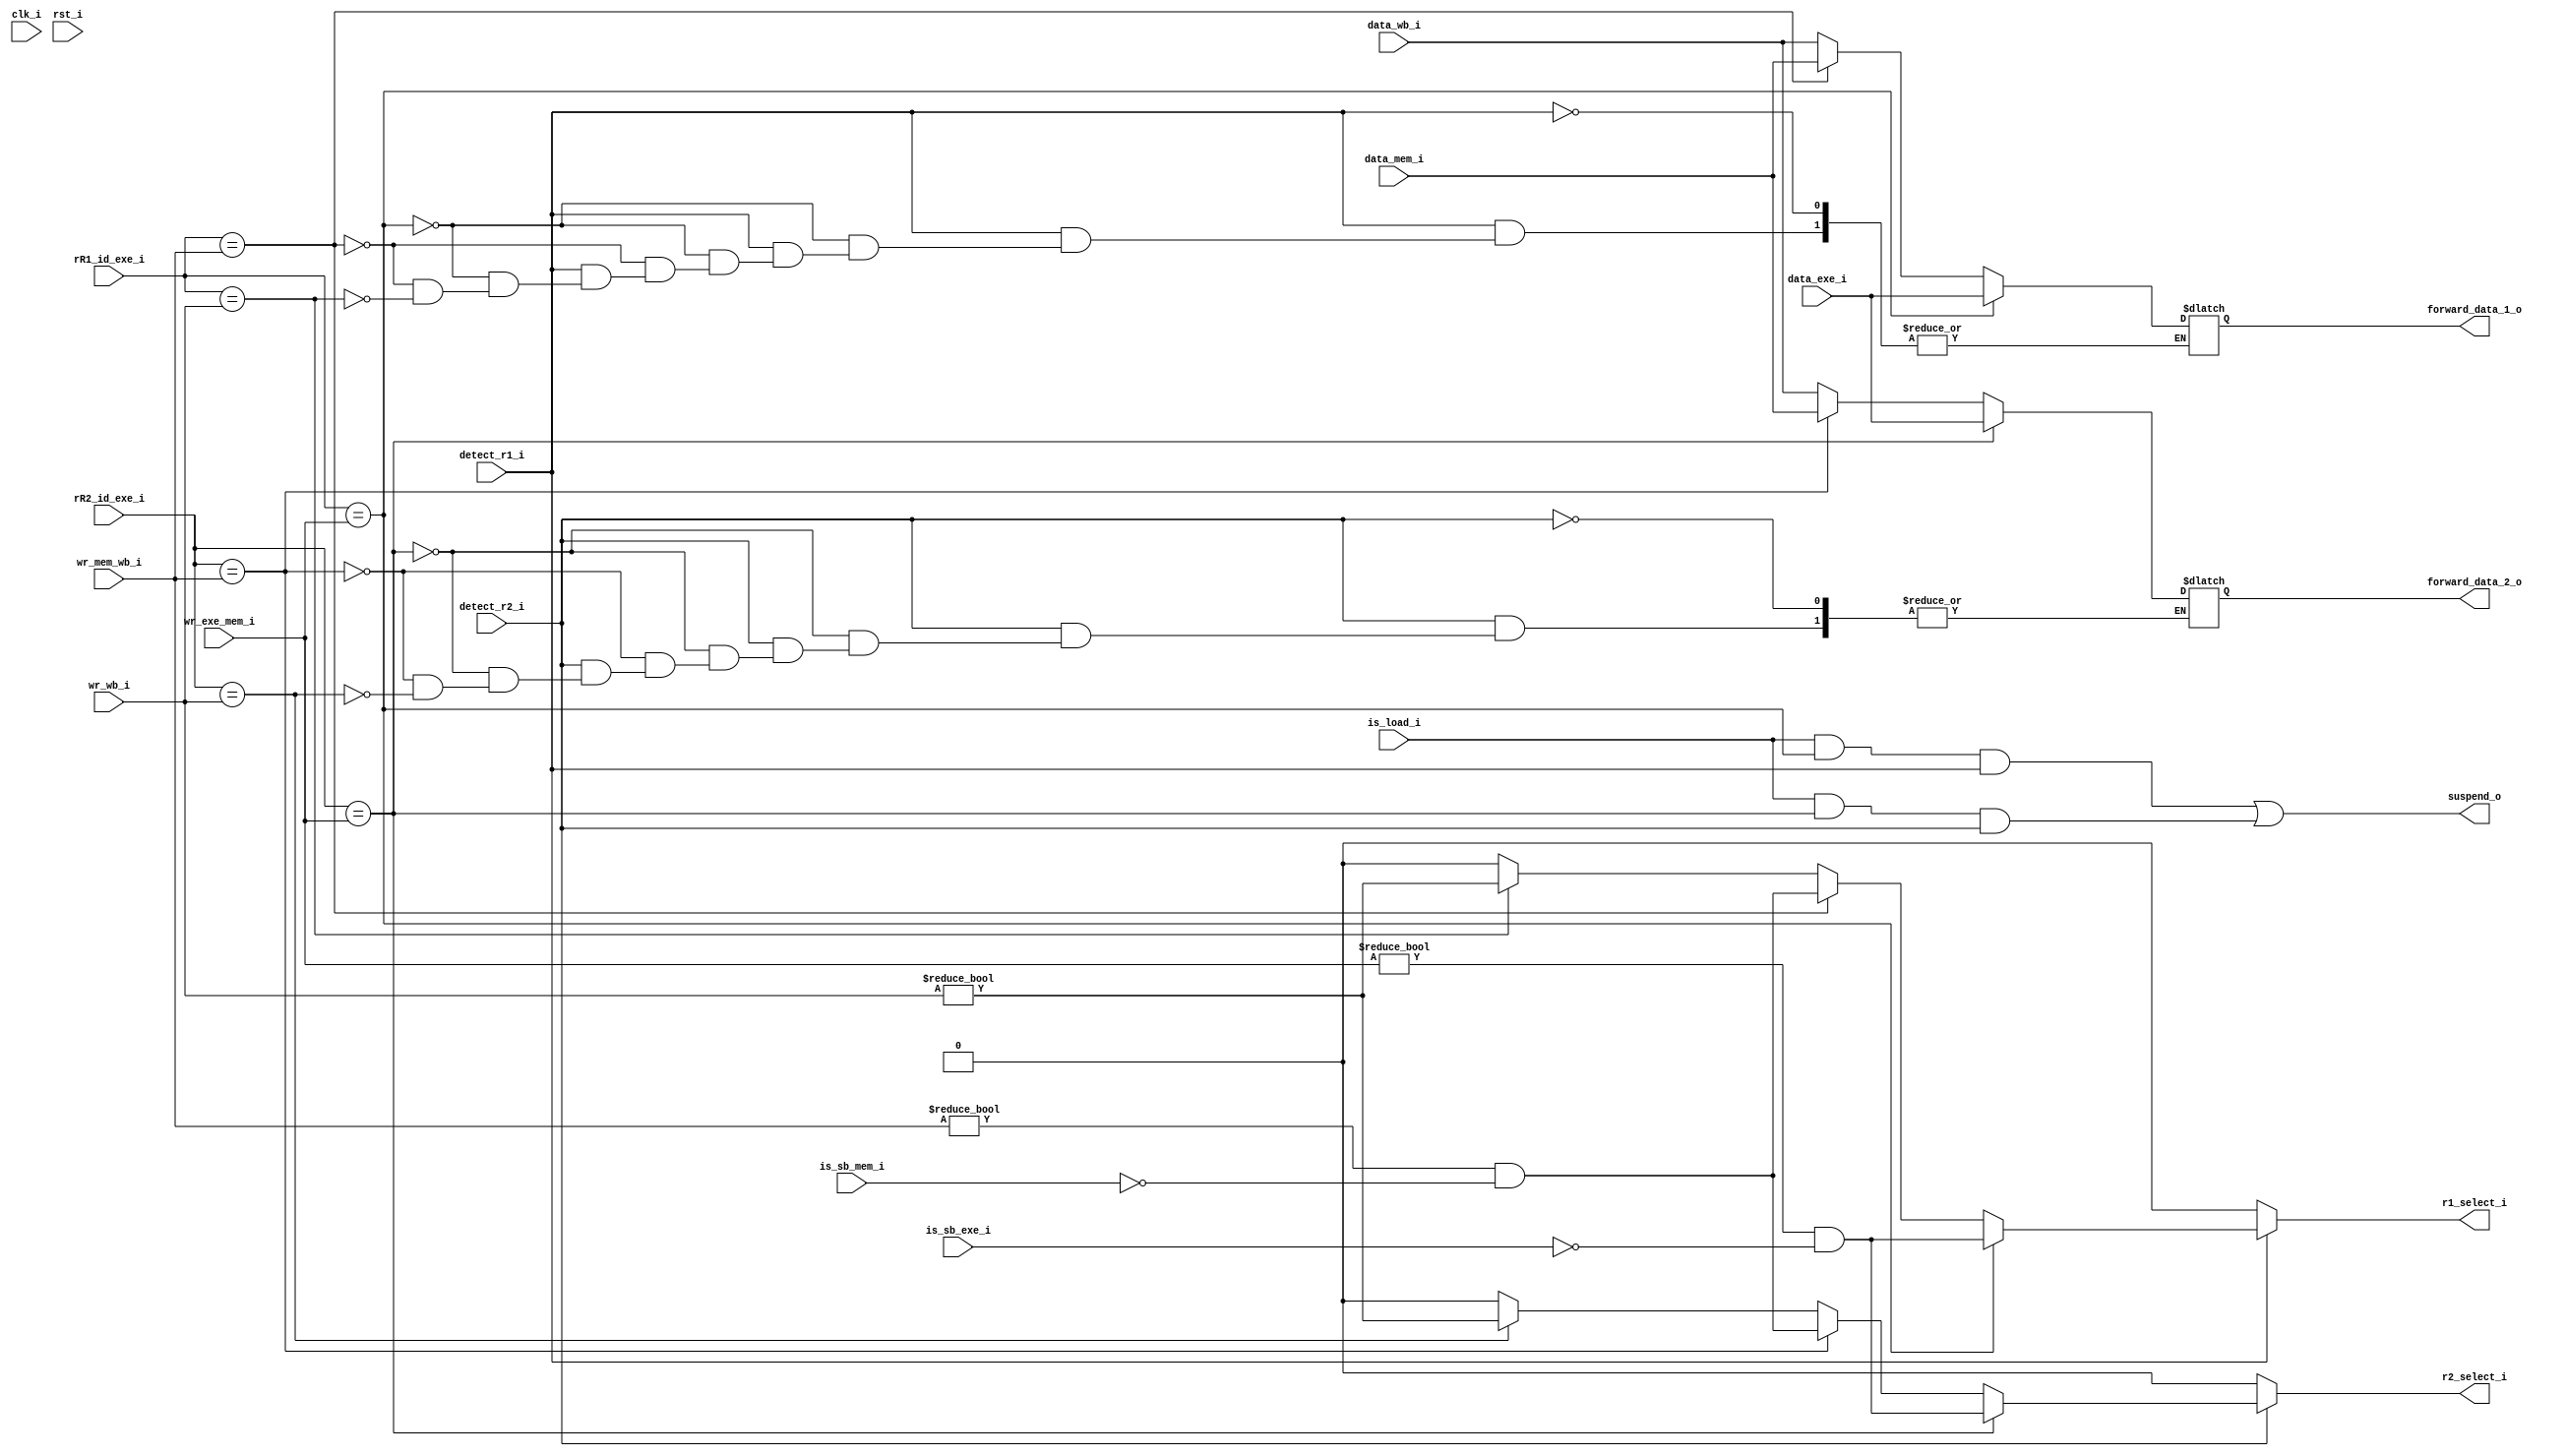
`timescale 1ns/1ps
module forward_unit(
    input       clk_i,
    input       rst_i,
    input [4:0] rR1_id_exe_i,
    input [4:0] rR2_id_exe_i,
    input [4:0] wr_exe_mem_i,
    input [4:0] wr_mem_wb_i,
    input [4:0] wr_wb_i,
    input [31:0] data_exe_i,
    input [31:0] data_mem_i,
    input [31:0] data_wb_i, 
    input detect_r1_i,
    input detect_r2_i,
    input is_load_i,
    input is_sb_exe_i,
    input is_sb_mem_i,
    output [31:0] forward_data_1_o,
    output [31:0] forward_data_2_o,
    output reg r1_select_i,
    output reg r2_select_i,
    output     suspend_o
);
reg [31:0] data_1;
reg [31:0] data_2;
always @(*) begin
    if(detect_r1_i) begin
        if(rR1_id_exe_i == wr_exe_mem_i) begin
            data_1 = data_exe_i;
            r1_select_i = (wr_exe_mem_i!=5'h0) & ~is_sb_exe_i;
        end
        else if(rR1_id_exe_i == wr_mem_wb_i) begin
            data_1 = data_mem_i;
            r1_select_i = (wr_mem_wb_i!=5'h0) & ~is_sb_mem_i;
        end
        else if(rR1_id_exe_i == wr_wb_i) begin
            data_1 = data_wb_i;
            r1_select_i = (wr_wb_i!=5'h0);
        end
        else
            r1_select_i = 1'b0;
    end
    else
        r1_select_i = 1'b0;
end

always @(*) begin
    if(detect_r2_i) begin 
        if(rR2_id_exe_i == wr_exe_mem_i) begin
            data_2 = data_exe_i;
            r2_select_i = (wr_exe_mem_i!=5'h0) & ~is_sb_exe_i;
        end 
        else if(rR2_id_exe_i == wr_mem_wb_i) begin
            data_2 = data_mem_i;
            r2_select_i = (wr_mem_wb_i!=5'h0) & ~is_sb_mem_i;
        end
        else if(rR2_id_exe_i == wr_wb_i) begin
            data_2 = data_wb_i;
            r2_select_i = (wr_wb_i!=5'h0);
        end
        else
            r2_select_i = 1'b0;
    end
    else
        r2_select_i = 1'b0;
end
       
assign forward_data_1_o = data_1;
assign forward_data_2_o = data_2;
// always @(posedge clk_i or posedge rst_i) begin
//     if(rst_i)
//         suspend_o <= 1'b0;
//     else
//         if(is_load_i) begin
//             if(rR1_id_exe_i == wr_exe_mem_i)
//                 suspend_o <= 1'b1;
//             else if(rR2_id_exe_i == wr_exe_mem_i)
//                 suspend_o <= 1'b1;
//             else
//                 suspend_o <= 1'b0;
//         end
//         else
//             suspend_o <= 1'b0;
// end
wire suspend_1 = is_load_i & (rR1_id_exe_i == wr_exe_mem_i) & detect_r1_i;
wire suspend_2 = is_load_i & (rR2_id_exe_i == wr_exe_mem_i) & detect_r2_i;
assign suspend_o = suspend_1 | suspend_2;
endmodule